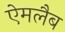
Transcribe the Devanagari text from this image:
ऐमलैब